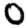
Digit: 0